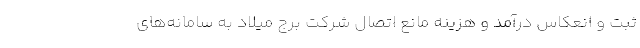
ثبت و انعكاس درآمد و هزينه مانع اتصال شركت برج ميلاد به سامانه‌هاي